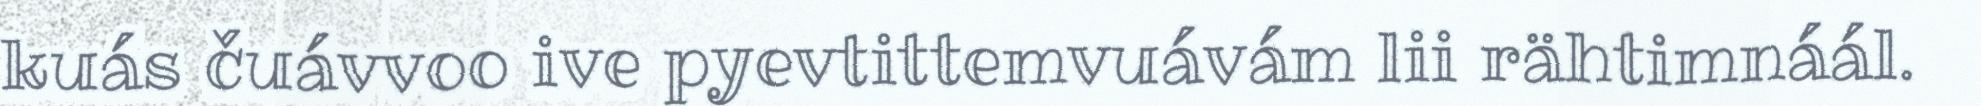
kuás čuávvoo ive pyevtittemvuávám lii rähtimnáál.